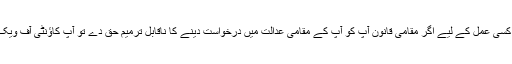
اس بیان سے پیدا شدہ یا متعلقہ کسی عمل کے لیے اگر مقامی قانون آپ کو آپ کے مقامی عدالت میں درخواست دینے کا ناقابل ترمیم حق دے تو آپ کاؤنٹی آف ویک، ریاست شمالی کیرولائنا، یو۔